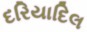
દરિયાદિલ